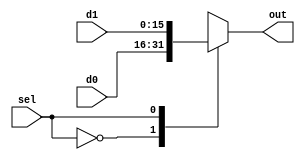
module MUX2 #(parameter WIDTH = 16) 
              (input sel,
               input [WIDTH-1: 0] d0,
               input [WIDTH-1: 0] d1,
               output reg [WIDTH-1:0] out);
    always@(*)
        begin
            case (sel)
            1'b0: out = d0;
            1'b1: out = d1;
            endcase
        end
endmodule

module MUX4 #(parameter WIDTH = 16) 
              (input [1:0] sel,
               input [WIDTH-1: 0] d0,
               input [WIDTH-1: 0] d1,
               input [WIDTH-1: 0] d2,
               input [WIDTH-1: 0] d3,
               output reg [WIDTH-1:0] out);
    always@(*)
        begin
            case (sel)
            2'b00: out = d0;
            2'b01: out = d1;
            2'b10: out = d2;
            2'b11: out = d3;
            endcase
        end
endmodule